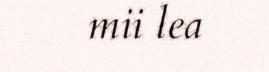
mii lea